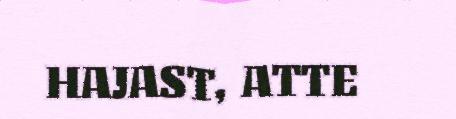
HAJAST, ATTE